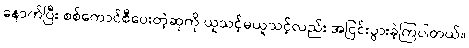
နောက်ပြီး စစ်ကောင်စီပေးတဲ့ဆုကို ယူသင့်မယူသင့်လည်း အငြင်းပွားခဲ့ကြပါတယ်။